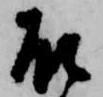
殿